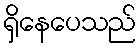
ရှိနေပေသည်